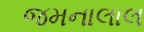
જમનાલાલ